Civil Veterinary Dept. Assam report 1927-50 - 1927-1950
Year: 1927
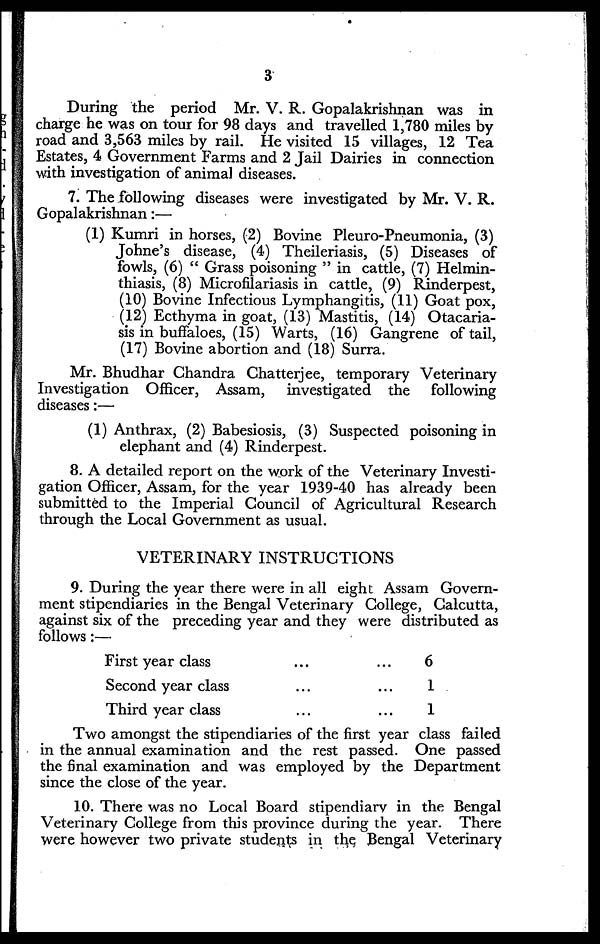
3
During the period Mr. V. R. Gopalakrishnan was in
charge he was on tour for 98 days and travelled 1,780 miles by
road and 3,563 miles by rail. He visited 15 villages, 12 Tea
Estates, 4 Government Farms and 2 Jail Dairies in connection
with investigation of animal diseases.
7. The following diseases were investigated by Mr. V. R.
Gopalakrishnan:—
(1) Kumri in horses, (2) Bovine Pleuro-Pneumonia, (3)
Johne's disease, (4) Theileriasis, (5) Diseases of
fowls, (6) " Grass poisoning " in cattle, (7) Helmin-
thiasis, (8) Microfilariasis in cattle, (9) Rinderpest,
(10) Bovine Infectious Lymphangitis, (11) Goat pox,
(12) Ecthyma in goat, (13) Mastitis, (14) Otacaria-
sis in buffaloes, (15) Warts, (16) Gangrene of tail,
(17) Bovine abortion and (18) Surra.
Mr. Bhudhar Chandra Chatterjee, temporary Veterinary
Investigation Officer, Assam, investigated the
following
diseases:—
(1) Anthrax, (2) Babesiosis, (3) Suspected poisoning in
elephant and (4) Rinderpest.
8. A detailed report on the work of the Veterinary Investi-
gation Officer, Assam, for the year 1939-40 has already been
submitted to the Imperial Council of Agricultural Research
through the Local Government as usual.
VETERINARY INSTRUCTIONS
9. During the year there were in all eight Assam Govern-
ment stipendiaries in the Bengal Veterinary College, Calcutta,
against six of the preceding year and they were distributed as
follows:—
First year class
...
...
Second year class
...
...
Third year class
...
...
6
1
1
Two amongst the stipendiaries of the first year class failed
in the annual examination and the rest passed. One passed
the final examination and was employed by the Department
since the close of the year.
10. There was no Local Board stipendiary in the Bengal
Veterinary College from this province during the year. There
were however two private students in the Bengal Veterinary